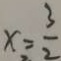
x = \frac { 3 } { 2 }